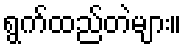
ရွက်ထည်တဲများ။